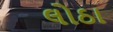
લોઠા